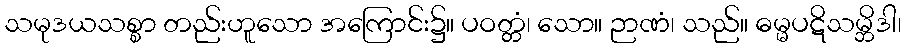
သမုဒယသစ္စာ တည်းဟူသော အကြောင်း၌။ ပဝတ္တံ၊ သော။ ဉာဏံ၊ သည်။ ဓမ္မပဋိသမ္ဘိဒါ၊